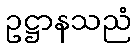
ဥဋ္ဌာနသညံ